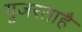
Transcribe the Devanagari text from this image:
गुजरताहै